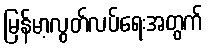
မြန်မာ့လွတ်လပ်ရေးအတွက်